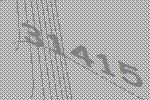
31415